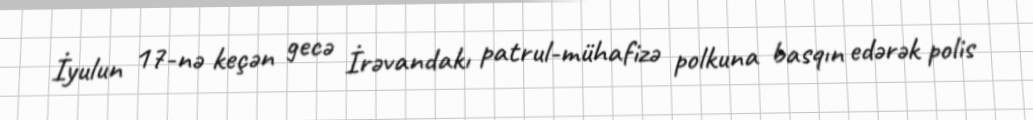
İyulun 17-nə keçən gecə İrəvandakı patrul-mühafizə polkuna basqın edərək polis